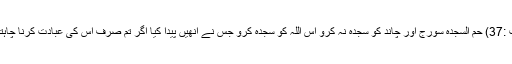
فصلت :37) حم السجدہ سورج اور چاند کو سجدہ نہ کرو اس اللہ کو سجدہ کرو جس نے انھیں پیدا کیا اگر تم صرف اس کی عبادت کرنا چاہتے ہو۔